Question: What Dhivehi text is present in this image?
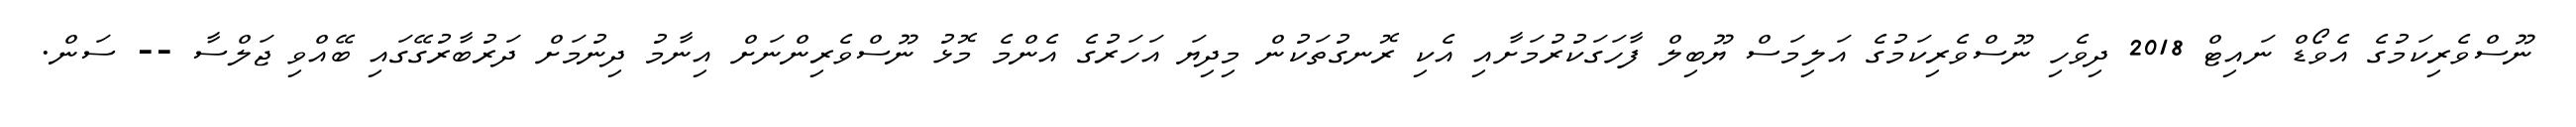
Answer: ނޫސްވެރިކަމުގެ އެވޯޑް ނައިޓް 2018 ދިވެހި ނޫސްވެރިކަމުގެ އަލިމަސް ޔޫބިލް ފާހަގަކުރުމަށާއި އެކި ރޮނގުތަކުން މިދިޔަ އަހަރުގެ އެންމެ މޮޅު ނޫސްވެރިންނަށް އިނާމު ދިނުމަށް ދަރުބާރުގޭގައި ބޭއްވި ޖަލްސާ -- ސަން.